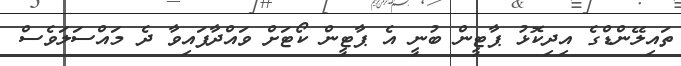
ތައިލޭންޑްގެ އިދިކޮޅު ޕާޓީން ބުނީ އެ ޕާޓީން ކޯޓަށް ވައްދާފައިވާ ދެ މައްސަލަވެސް